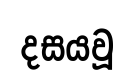
දසයවූ